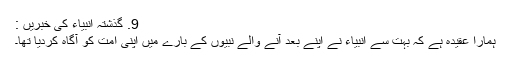
9. گذشتہ انبیاء کی خبریں :
ہمارا عقیدہ ہے کہ بہت سے انبیاء نے اپنے بعد آنے والے نبیوں کے بارے میں اپنی امت کو آگاہ کردیا تھا۔